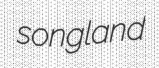
songland